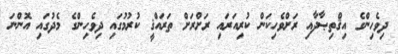
ދިވެހިންގެ އިޤްތިޞާދާއި ރަށްވެހިކަން ކުރިއަރައި ރަށްރަށް ތަރައްޤީ ކުރުމުގައި ދިވެހިންގެ މެދުގައި އޮންނަ